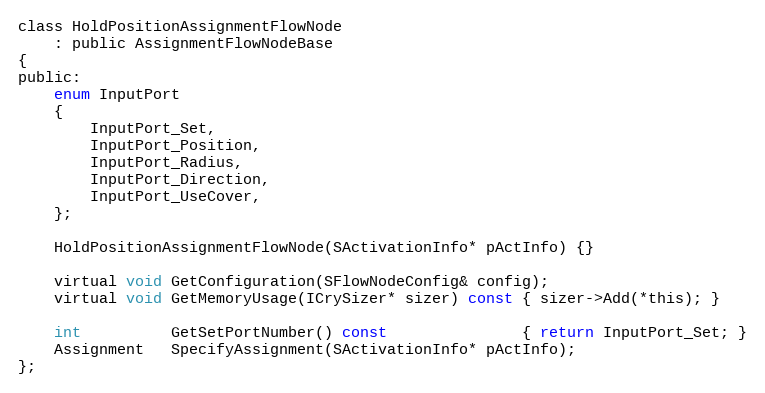
Language: C
class HoldPositionAssignmentFlowNode
	: public AssignmentFlowNodeBase
{
public:
	enum InputPort
	{
		InputPort_Set,
		InputPort_Position,
		InputPort_Radius,
		InputPort_Direction,
		InputPort_UseCover,
	};

	HoldPositionAssignmentFlowNode(SActivationInfo* pActInfo) {}

	virtual void GetConfiguration(SFlowNodeConfig& config);
	virtual void GetMemoryUsage(ICrySizer* sizer) const { sizer->Add(*this); }

	int          GetSetPortNumber() const               { return InputPort_Set; }
	Assignment   SpecifyAssignment(SActivationInfo* pActInfo);
};